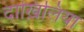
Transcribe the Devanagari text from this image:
दाख़िलिया